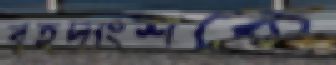
বৃহদাংশকে